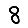
Digit: 8